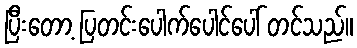
ပြီးတော့ ပြတင်းပေါက်ပေါင်ပေါ် တင်သည်။